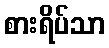
စားရိပ်သာ